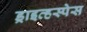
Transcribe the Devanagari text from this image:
ड्राइव्हस्पेस